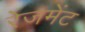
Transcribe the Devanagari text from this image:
रेजमेंट